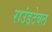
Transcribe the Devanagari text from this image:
राउंडटेबल